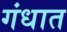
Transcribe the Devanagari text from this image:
गंधात